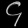
Digit: ၄